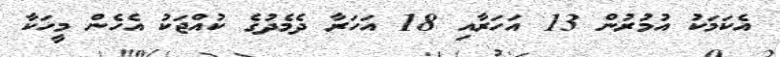
އެކަމަކު އުމުރުން 13 އަހަރާއި 18 އަހަރާ ދެމެދުގެ ކުއްޖަކު އެހެން މީހަކާ